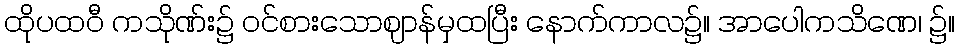
ထိုပထဝီ ကသိုဏ်း၌ ဝင်စားသောဈာန်မှထပြီး နောက်ကာလ၌။ အာပေါကသိဏေ၊ ၌။